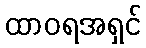
ထာဝရအရှင်